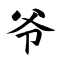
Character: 爷